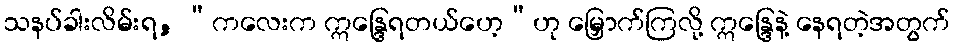
သနပ်ခါးလိမ်းရ, “ကလေးက ဣန္ဒြေရတယ်ဟေ့”ဟု မြှောက်ကြလို့ ဣန္ဒြေနဲ့ နေရတဲ့အတွက်